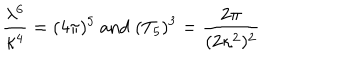
LaTeX: \frac { \lambda ^ { 6 } } { \kappa ^ { 4 } } = ( 4 \pi ) ^ { 5 } \mathrm { ~ a n d ~ } ( T _ { 5 } ) ^ { 3 } = \frac { 2 \pi } { ( 2 \kappa ^ { 2 } ) ^ { 2 } }